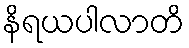
နိရယပါလာတိ